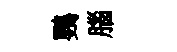
鸚腦